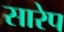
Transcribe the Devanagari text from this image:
सारेप